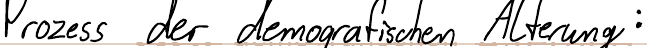
Prozess der demografischen Alterung: